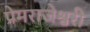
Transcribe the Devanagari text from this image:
प्रेमराजेश्वरी